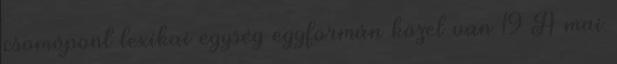
csomópont lexikai egység egyformán közel van 19 A mai